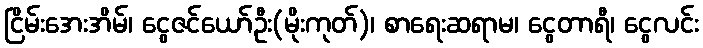
ငြိမ်းအေးအိမ်၊ ငွေဇင်ယော်ဦး(မိုးကုတ်)၊ စာရေးဆရာမ၊ ငွေတာရီ၊ ငွေလင်း